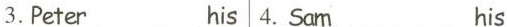
3.Peter___his 4.Sam___his